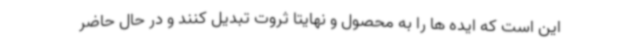
این است که ایده ها را به محصول و نهایتا ثروت تبدیل کنند و در حال حاضر